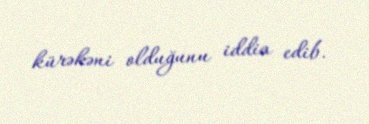
kürəkəni olduğunu iddia edib.